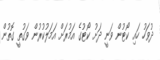
ދުވަހު ހައި ކޯޓުން ވަނީ ދަށު ކޯޓުގެ އަމުރަށް އަމަލުކުރުން ވަގުތީ ގޮތުން